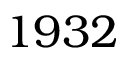
1 9 3 2